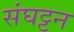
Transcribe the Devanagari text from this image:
संघट्टन